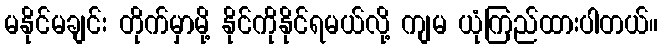
မနိုင်မချင်း တိုက်မှာမို့ နိုင်ကိုနိုင်ရမယ်လို့ ကျမ ယုံကြည်ထားပါတယ်။